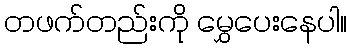
တဖက်တည်းကို မွှေပေးနေပါ။